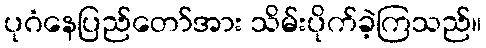
ပုဂံနေပြည်တော်အား သိမ်းပိုက်ခဲ့ကြသည်။